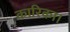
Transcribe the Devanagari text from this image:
कारिका।